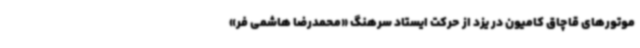
موتورهای قاچاق کامیون در یزد از حرکت ایستاد سرهنگ «محمدرضا هاشمی فر»